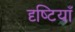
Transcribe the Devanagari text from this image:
दृष्‍टियाँ